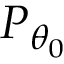
P _ { \theta _ { 0 } }